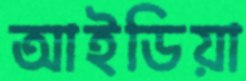
আইডিয়া